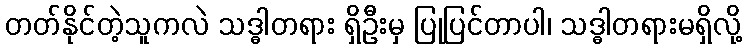
တတ်နိုင်တဲ့သူကလဲ သဒ္ဓါတရား ရှိဦးမှ ပြုပြင်တာပါ၊ သဒ္ဓါတရားမရှိလို့